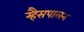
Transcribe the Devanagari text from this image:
म्हैसपालन